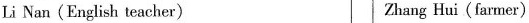
Li Nan(English teacher) Zhang Hui(farmer)